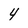
Character: 4